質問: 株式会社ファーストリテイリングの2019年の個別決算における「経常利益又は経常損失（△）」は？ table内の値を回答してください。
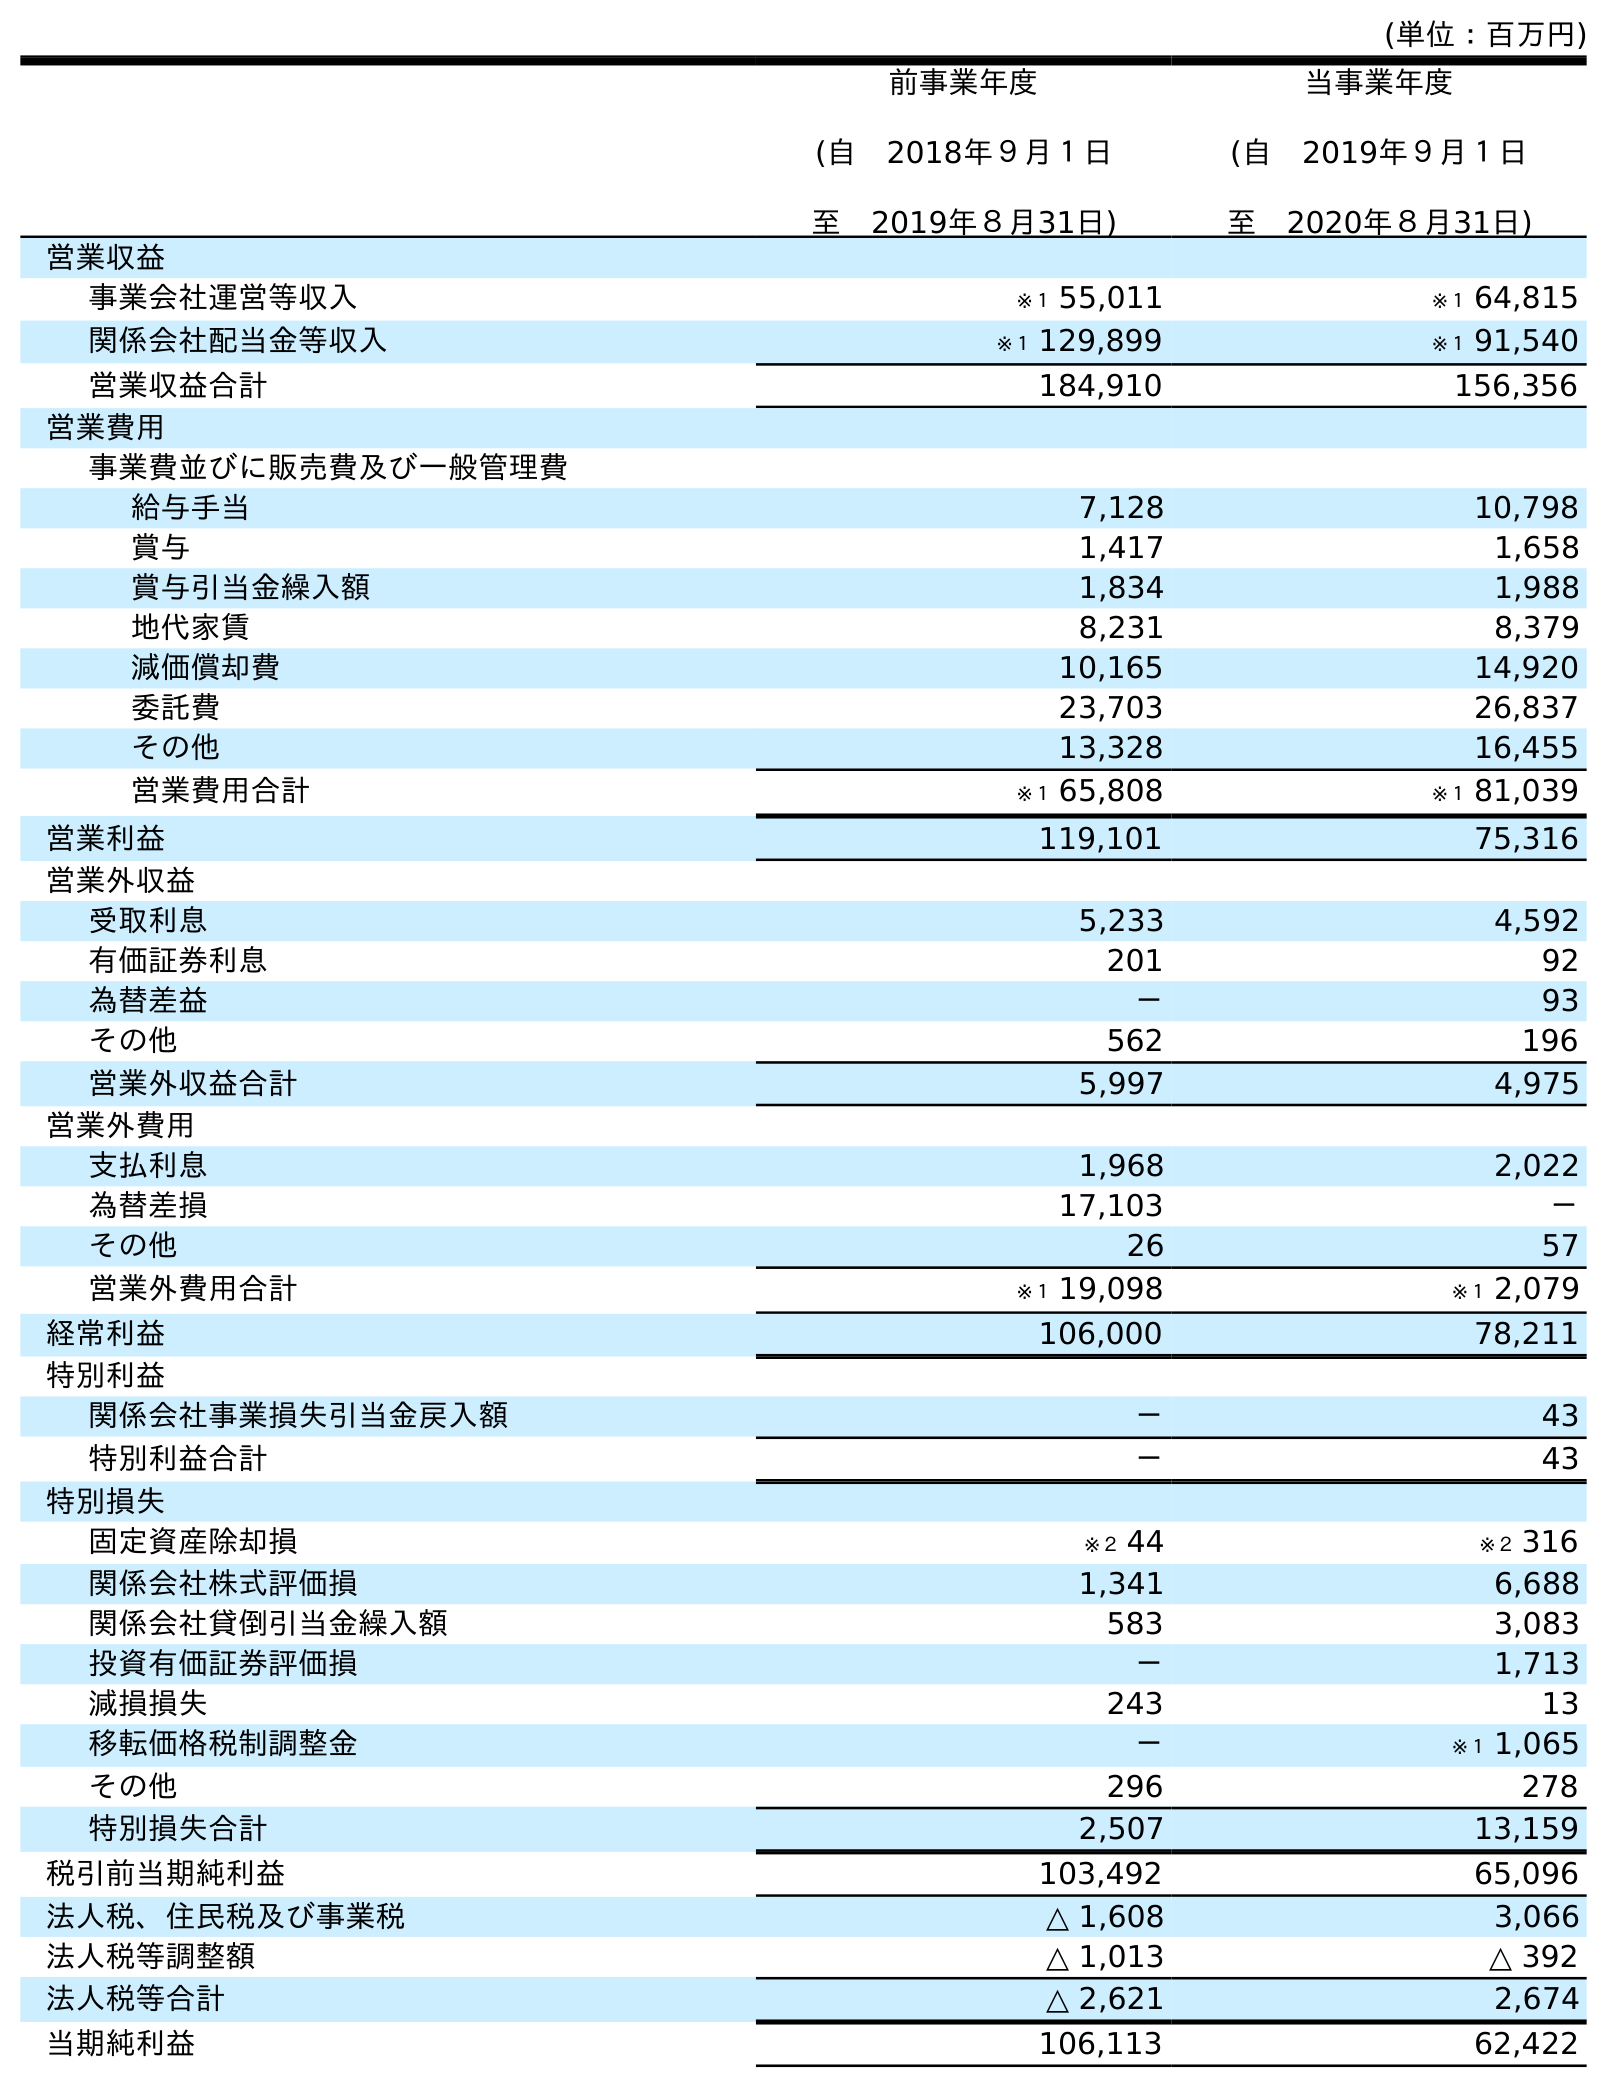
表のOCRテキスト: (単位：百万円) 前事業年度 (自 2018年９月１日 至 2019年８月31日) 当事業年度 (自 2019年９月１日 至 2020年８月31日) 営業収益 事業会社運営等収入 ※１ 55,011 ※１ 64,815 関係会社配当金等収入 ※１ 129,899 ※１ 91,540 営業収益合計 184,910 156,356 営業費用 事業費並びに販売費及び一般管理費 給与手当 7,128 10,798 賞与 1,417 1,658 賞与引当金繰入額 1,834 1,988 地代家賃 8,231 8,379 減価償却費 10,165 14,920 委託費 23,703 26,837 その他 13,328 16,455 営業費用合計 ※１ 65,808 ※１ 81,039 営業利益 119,101 75,316 営業外収益 受取利息 5,233 4,592 有価証券利息 201 92 為替差益 － 93 その他 562 196 営業外収益合計 5,997 4,975 営業外費用 支払利息 1,968 2,022 為替差損 17,103 － その他 26 57 営業外費用合計 ※１ 19,098 ※１ 2,079 経常利益 106,000 78,211 特別利益 関係会社事業損失引当金戻入額 － 43 特別利益合計 － 43 特別損失 固定資産除却損 ※２ 44 ※２ 316 関係会社株式評価損 1,341 6,688 関係会社貸倒引当金繰入額 583 3,083 投資有価証券評価損 － 1,713 減損損失 243 13 移転価格税制調整金 － ※１ 1,065 その他 296 278 特別損失合計 2,507 13,159 税引前当期純利益 103,492 65,096 法人税、住民税及び事業税 △ 1,608 3,066 法人税等調整額 △ 1,013 △ 392 法人税等合計 △ 2,621 2,674 当期純利益 106,113 62,422
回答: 106,000